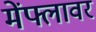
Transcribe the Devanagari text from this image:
मेंफ्लावर